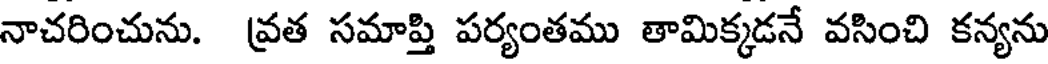
నాచరించును. వ్రత సమాప్తి పర్యంతము తామిక్కడనే వసించి కన్యను